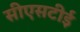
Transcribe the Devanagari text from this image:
सीएसटीई